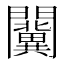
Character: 𨷨